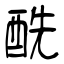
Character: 酰